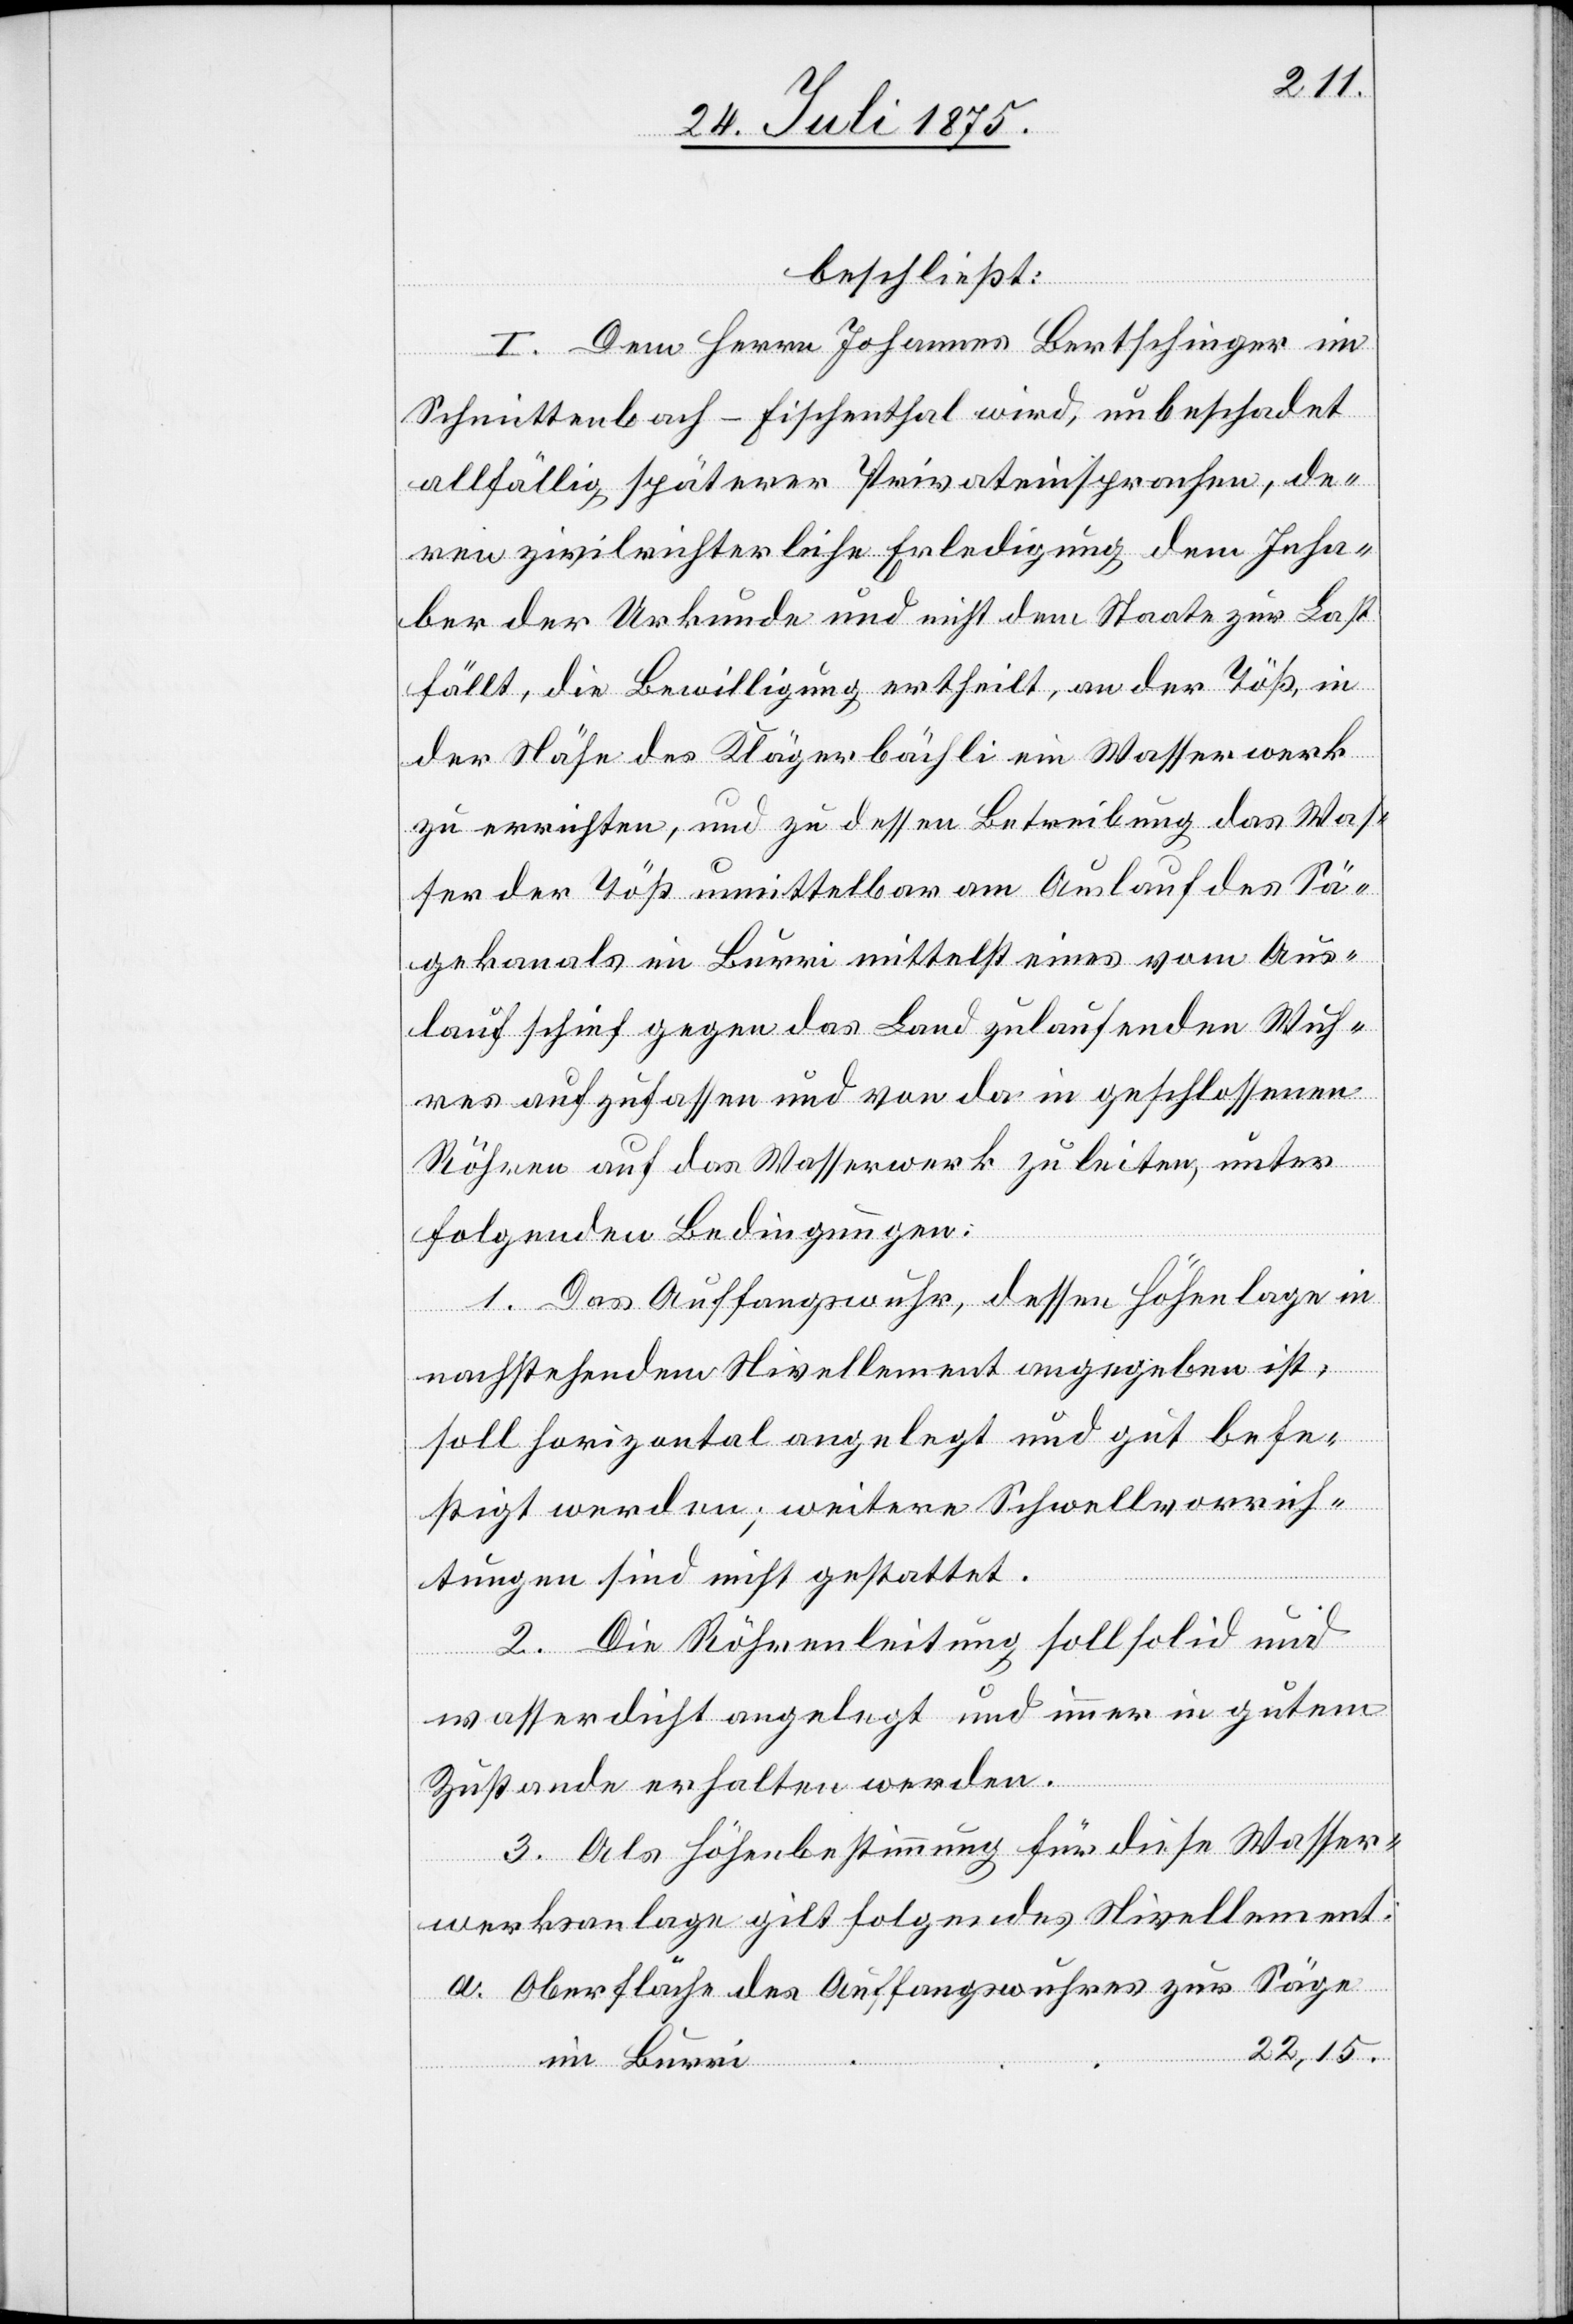
beschließt:
I. Dem Herrn Johannes Bertschinger im
Schmittenbach - Fischenthal wird, unbeschadet
allfällig späterer Privateinsprachen, de¬
ren zivilrichterliche Erledigung dem Inha¬
ber der Urkunde und nicht dem Staate zur Last
fällt, die Bewilligung ertheilt, an der Töß, in
der Nähe des Klägerbächli ein Wasserwerk
zu errichten, und zu dessen Betreibung das Was¬
ser der Töß unmittelbar am Auslauf des Sä¬
gekanals im Burri mittelst eines vom Aus¬
lauf schief gegen das Land zulaufenden Wuh¬
res aufzufassen und von da in geschlossenen
Röhren auf das Wasserwerk zu leiten, unter
folgenden Bedingungen:
1. Das Auffangswuhr, dessen Höhenlage in
nachstehendem Nivellement angegeben ist,
soll horizontal angelegt werden und gut befe¬
stigt werden; weitere Schwellvorrich¬
tungen sind nicht gestattet.
2. Die Röhrenleitung soll solid und
wasserdicht angelegt und immer in gutem
Zustande erhalten werden.
3. Als Höhenbestimmung für diese Wasser¬
werksanlage gilt folgendes Nivellement:
Oberfläche des Auffangswuhres zur Säge
22,15.
im Burri